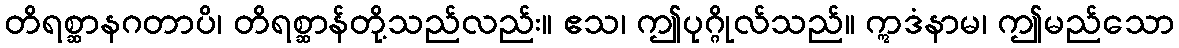
တိရစ္ဆာနဂတာပိ၊ တိရစ္ဆာန်တို့သည်လည်း။ ဧသ၊ ဤပုဂ္ဂိုလ်သည်။ ဣဒံနာမ၊ ဤမည်သော